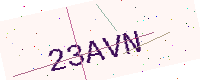
Text: 23AVN